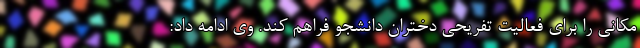
مکانی را برای فعالیت تفریحی دختران دانشجو فراهم کند. وی ادامه داد: